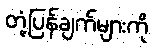
တုံ့ပြန်ချက်များကို